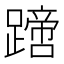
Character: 𨅙